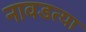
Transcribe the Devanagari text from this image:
नावडत्या